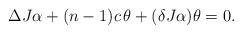
LaTeX: \begin{align*} \Delta J \alpha+(n-1)c\,\theta+(\delta J\alpha)\theta=0.\end{align*}